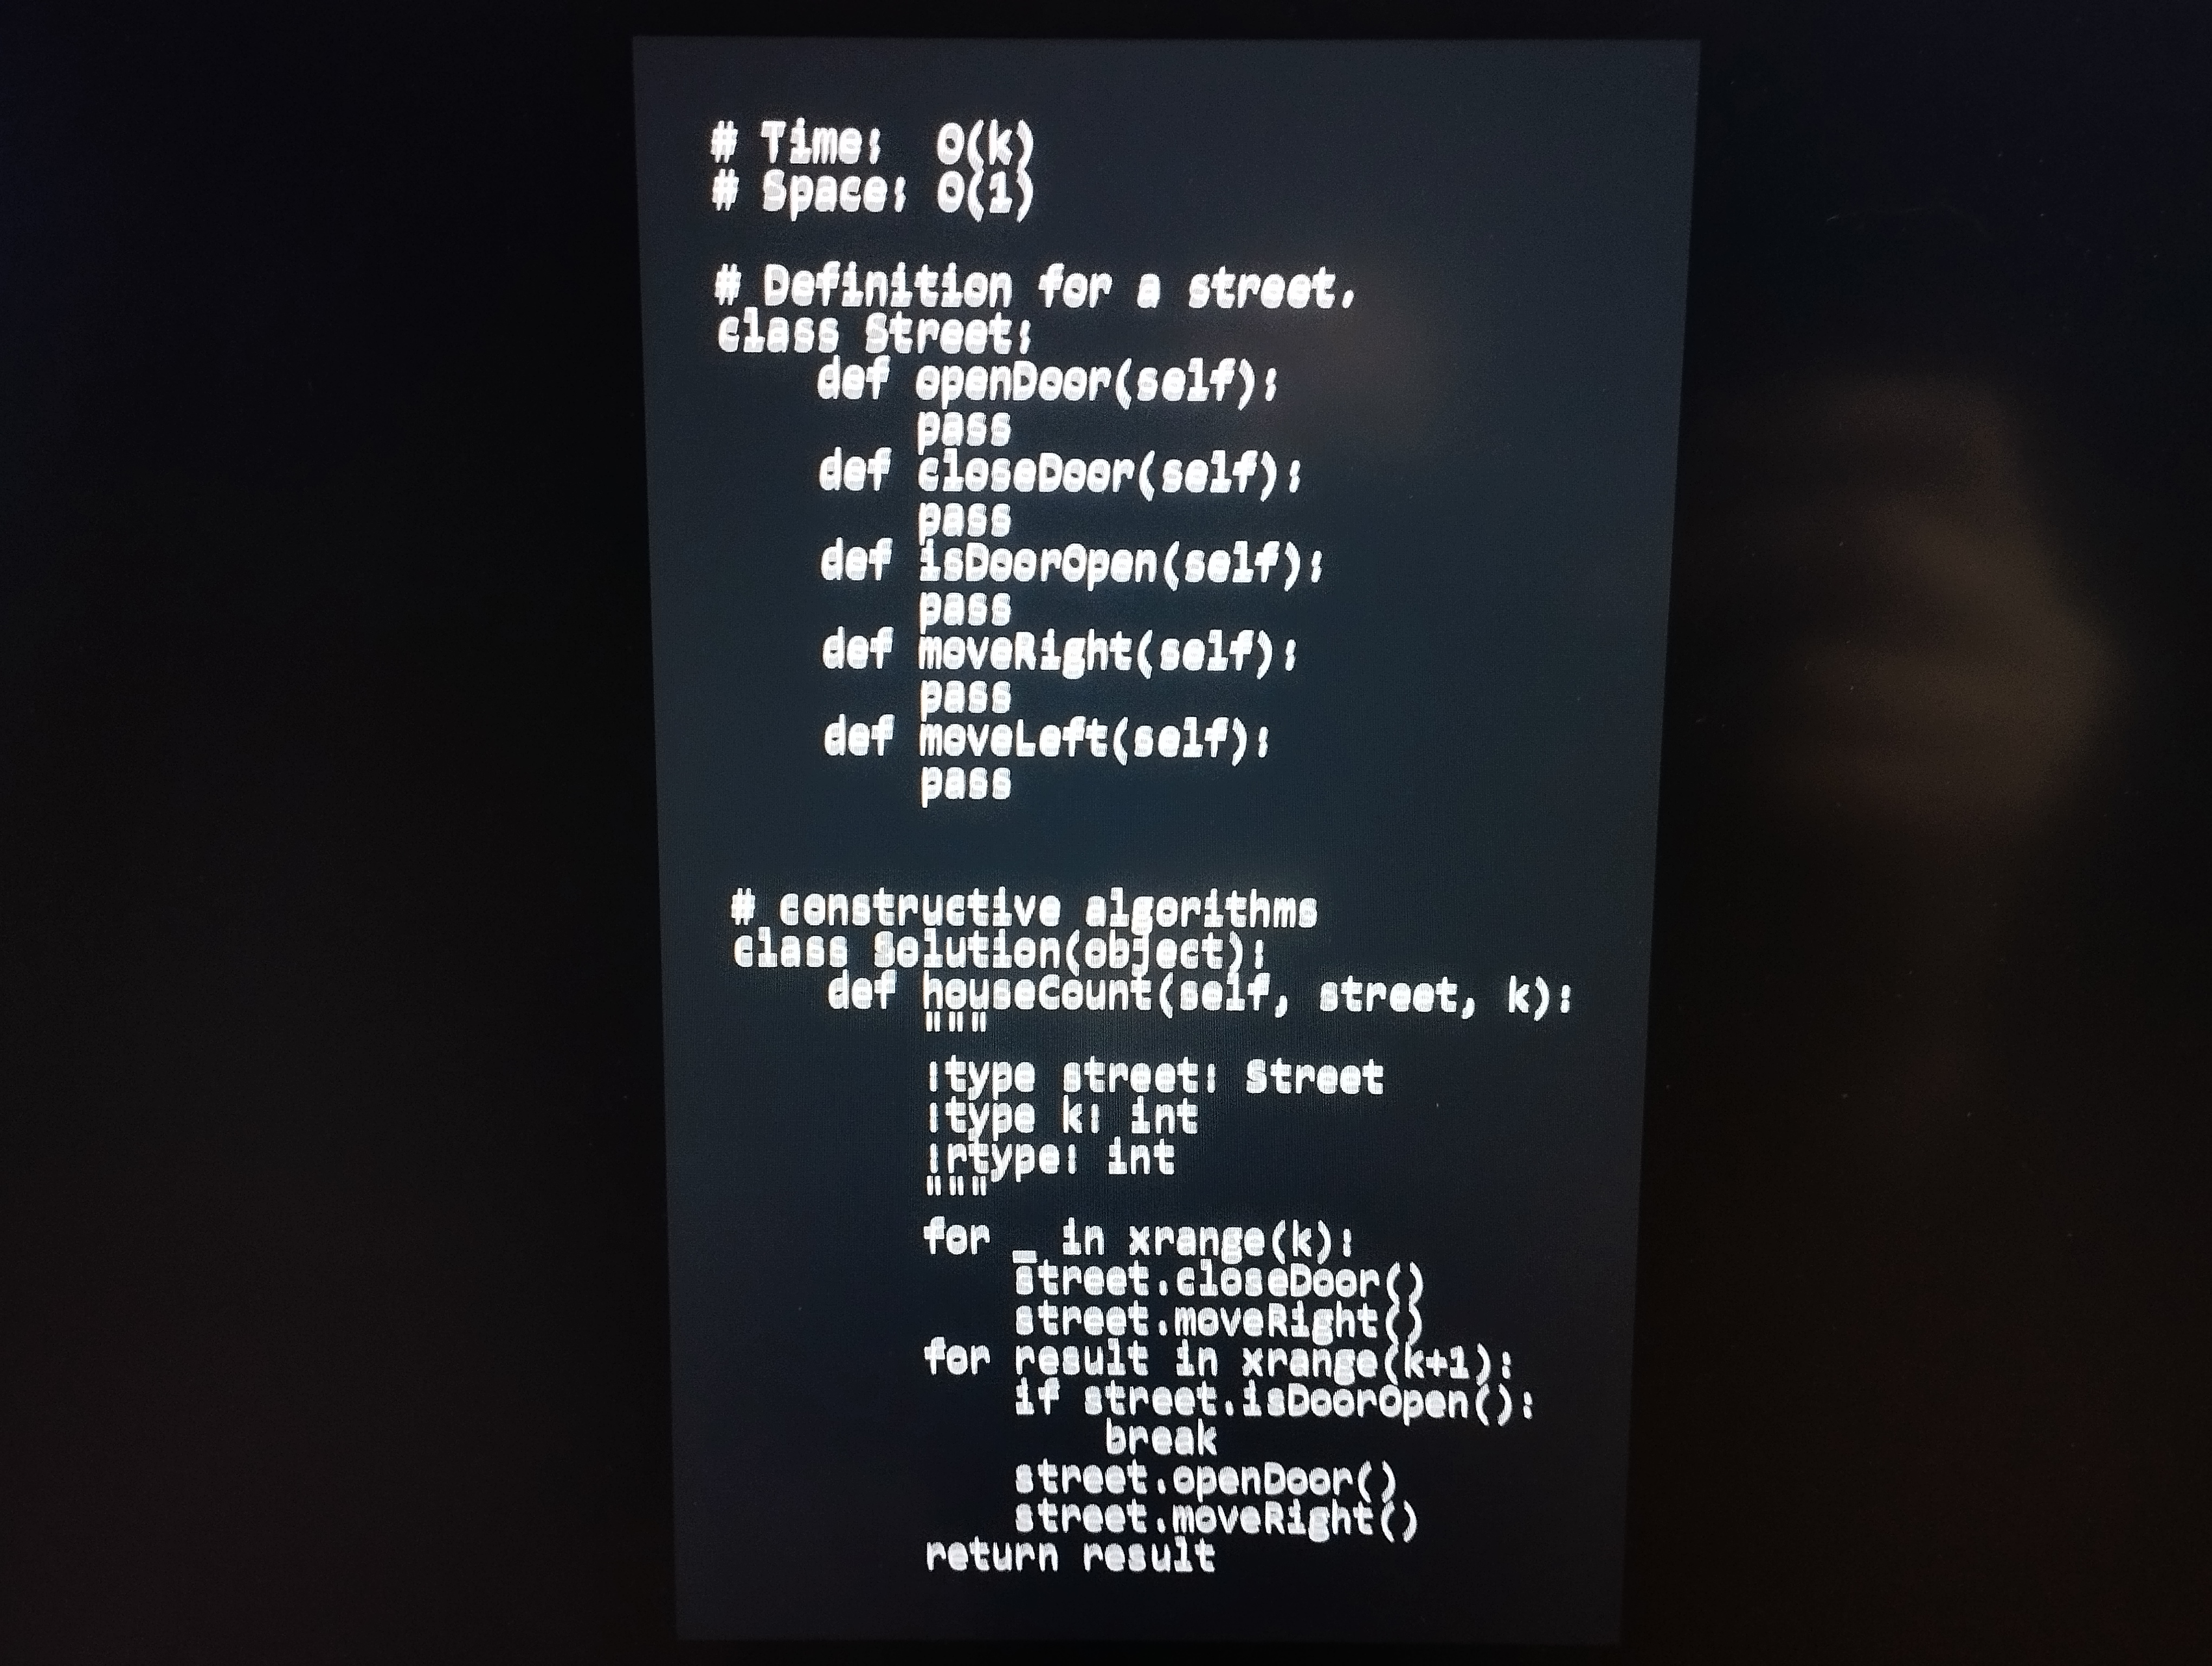
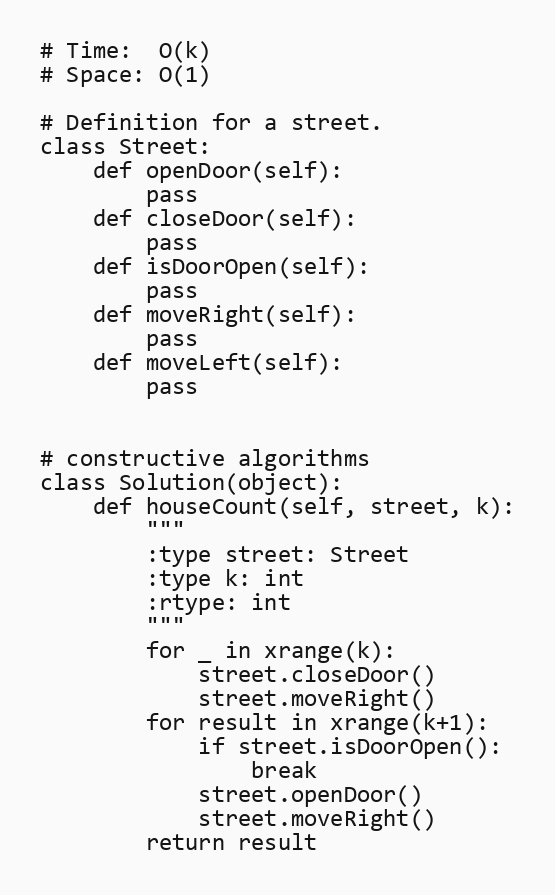
# Time:  O(k)
# Space: O(1)

# Definition for a street.
class Street:
    def openDoor(self):
        pass
    def closeDoor(self):
        pass
    def isDoorOpen(self):
        pass
    def moveRight(self):
        pass
    def moveLeft(self):
        pass

# constructive algorithms
class Solution(object):
    def houseCount(self, street, k):
        """
        :type street: Street
        :type k: int
        :rtype: int
        """
        for _ in xrange(k):
            street.closeDoor()
            street.moveRight()
        for result in xrange(k+1):
            if street.isDoorOpen():
                break
            street.openDoor()
            street.moveRight()
        return result